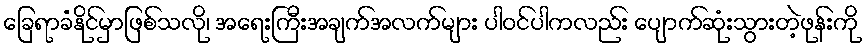
ခြေရာခံနိုင်မှာဖြစ်သလို၊ အရေးကြီးအချက်အလက်များ ပါဝင်ပါကလည်း ပျောက်ဆုံးသွားတဲ့ဖုန်းကို